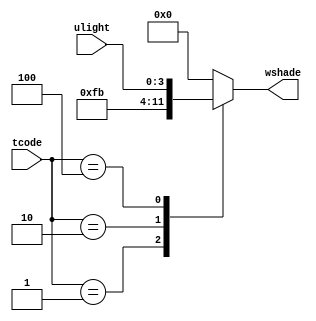
`timescale 1ns / 1ns
//////////////////////////////////////////////////////////////////////////////////
// Company: 
// Engineer: 
// 
// Design Name: 
// Module Name:    WindowShadeDegree 
// Project Name: 
// Target Devices: 
// Tool versions: 
// Description: 
//
// Dependencies: 
//
// Revision: 
// Revision 0.01 - File Created
// Additional Comments: 
//
//////////////////////////////////////////////////////////////////////////////////
module WindowShadeDegree (
	input      [3:0] tcode  , // time code    [table2 time code   ]
	input      [3:0] ulight , // user light   [light degree mode  ]
	output reg [3:0] wshade   // shade level  [window shade level ]
);

	always @ (tcode, ulight)
	begin
		case( tcode )
			4'b0000: wshade = 4'b0000;
			4'b0001: wshade = 4'b1111;
			4'b0010: wshade = 4'b1011;
			4'b0100: wshade = ulight;
			4'b1000: wshade = 4'b0000;
			default wshade = 4'b0000;
		endcase
	end

endmodule